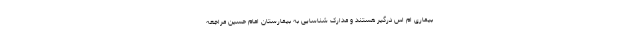
بیماری ام اس درگیر هستند و مدارک شناسایی به بیمارستان امام حسین مراجعه